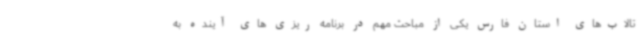
تالاب‌های استان فارس یکی از مباحث مهم در برنامه ریزی های آینده به